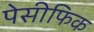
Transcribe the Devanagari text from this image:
पेसीफिक